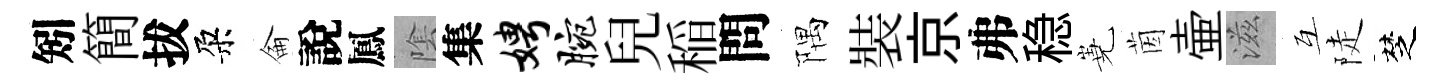
矧簡拔朶侖說鳳隂集娉腕兒稲問隅裝京弗稳嶤茵壷滋互陡椘